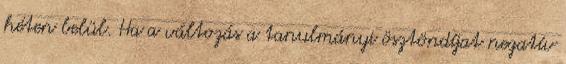
héten belül. Ha a változás a tanulmányi ösztöndíjat negatív